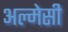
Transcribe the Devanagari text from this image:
अल्मेसी